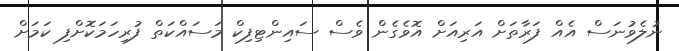
ނުލެވުނަސް އެއް ފަރާތަށް އަރިއަށް އޮވެގެން ވެސް ސައިންޓިފިކް މަސައްކަތް ފުރިހަމަކޮށްފި ކަމަށް